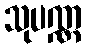
သုပဏ္ဏ